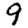
Digit: 9